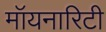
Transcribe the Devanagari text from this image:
मॉयनारिटी